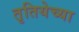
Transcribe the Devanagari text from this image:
तृतियेच्या